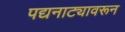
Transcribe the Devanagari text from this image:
पद्यनाट्यावरून